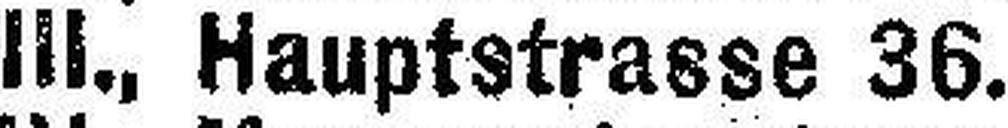
III., Hauptstrasse 36.